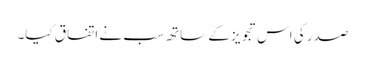
صدر کی اس تجویز کے ساتھ سب نے اتفاق کیا۔